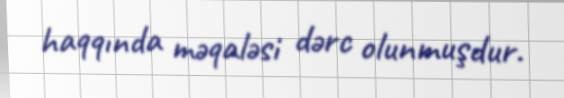
haqqında məqaləsi dərc olunmuşdur.